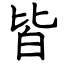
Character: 皆